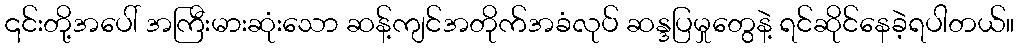
၎င်းတို့အပေါ် အကြီးမားဆုံးသော ဆန့်ကျင်အတိုက်အခံလုပ် ဆန္ဒပြမှုတွေနဲ့ ရင်ဆိုင်နေခဲ့ရပါတယ်။